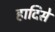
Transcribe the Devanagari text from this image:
हादिसे